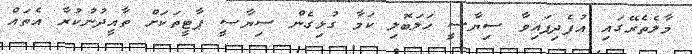
މާލެތެރޭގައި އުފެދިފައިވާ ސިޔާސީ ހަލަބޮލި ކަމާ ގުޅިގެން ސިޔާސީ ޕާޓީތަކަށް ތާއީދުނުކުރާ އެތައް